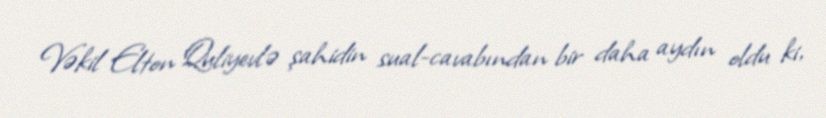
Vəkil Elton Quliyevlə şahidin sual-cavabından bir daha aydın oldu ki,